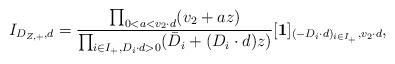
LaTeX: \begin{align*}I_{D_{Z,+},d}=\frac{\prod_{0<a< v_2\cdot d}(v_2+az)}{\prod_{i\in I_+, D_i\cdot d>0}(\bar D_i+(D_i\cdot d)z)}[\textbf{1}]_{(-D_i\cdot d)_{i\in I_+},v_2\cdot d},\end{align*}